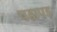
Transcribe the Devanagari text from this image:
पडापड